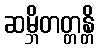
ဆမ္ဘိတတ္တန္တိ